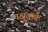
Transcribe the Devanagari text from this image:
चक्षुवार्तः